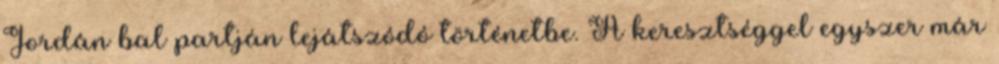
Jordán bal partján lejátszódó történetbe. A keresztséggel egyszer már